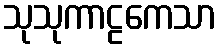
သုသုကာဠကေသာ